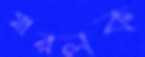
মারলক